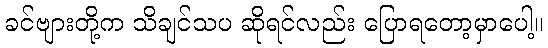
ခင်ဗျားတို့က သိချင်သပ ဆိုရင်လည်း ပြောရတော့မှာပေါ့။